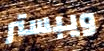
ويبستر